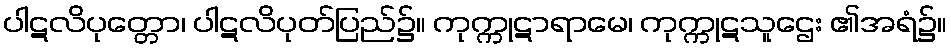
ပါဋလိပုတ္တော၊ ပါဋလိပုတ်ပြည်၌။ ကုက္ကုဋာရာမေ၊ ကုက္ကုဋသူဌေး ၏အရံ၌။